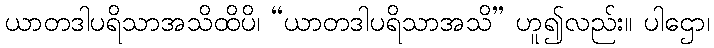
ယာတဒါပရိသာအသိထိပိ၊ “ယာတဒါပရိသာအသိ” ဟူ၍လည်း။ ပါဌော၊